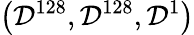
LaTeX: \left(\mathcal{D}^{128},\mathcal{D}^{128},\mathcal{D}^{1}\right)